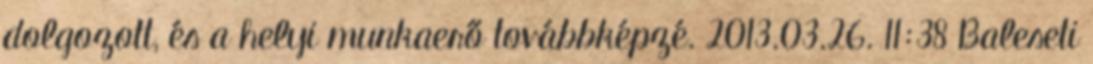
dolgozott, és a helyi munkaerő továbbképzé. 2013.03.26. 11:38 Baleseti